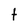
Character: t